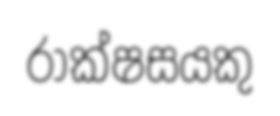
රාක්ෂසයකු